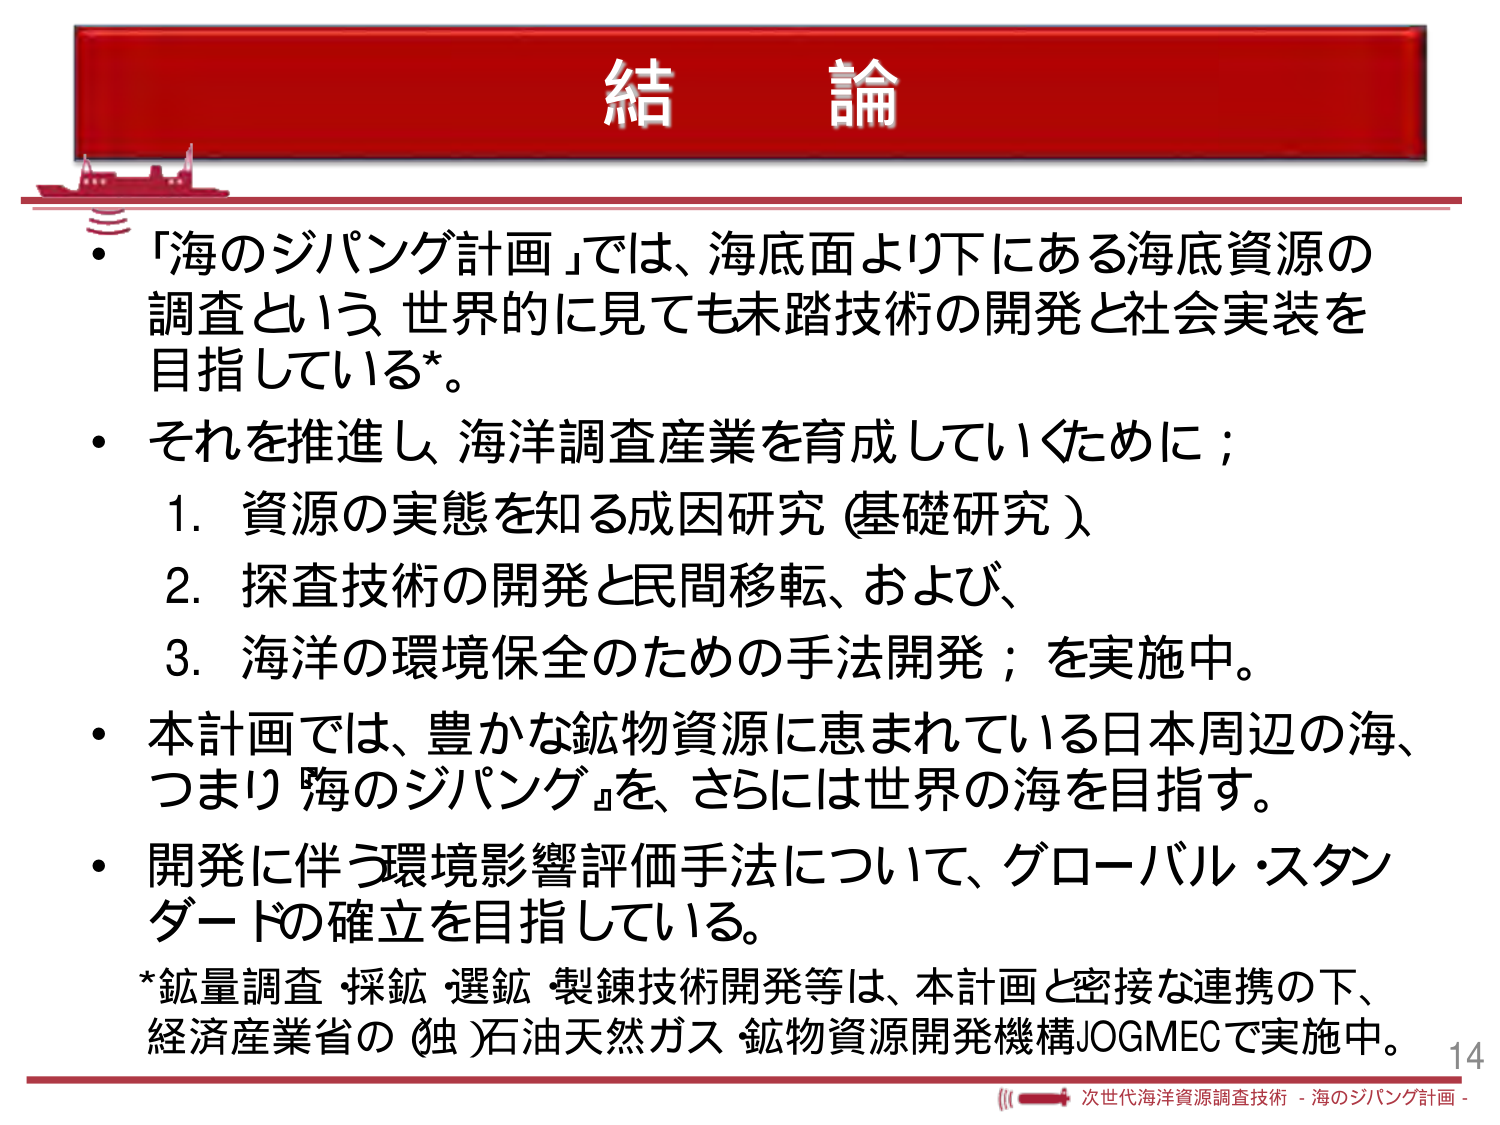
結 論

・「海のジパング計画」では、海底面より下にある海底資源の
調査という世界的に見ても未踏技術の開発と社会実装を
目指している*。

・それを推進し、海洋調査産業を育成していくために；
　1. 資源の実態を知る成因研究（基礎研究）
　2. 探査技術の開発と民間移転、および、
　3. 海洋の環境保全のための手法開発；を実施中。

・本計画では、豊かな鉱物資源に恵まれている日本周辺の海、
　つまり『海のジパング』を、さらには世界の海を目指す。

・開発に伴う環境影響評価手法について、グローバル・スタン
　ダードの確立を目指している。

*鉱量調査・採鉱・選鉱・製錬技術開発等は、本計画と密接な連携の下、
　経済産業省の（独）石油天然ガス・鉱物資源開発機構JOGMECで実施中。

14
次世代海洋資源調査技術 - 海のジパング計画 -